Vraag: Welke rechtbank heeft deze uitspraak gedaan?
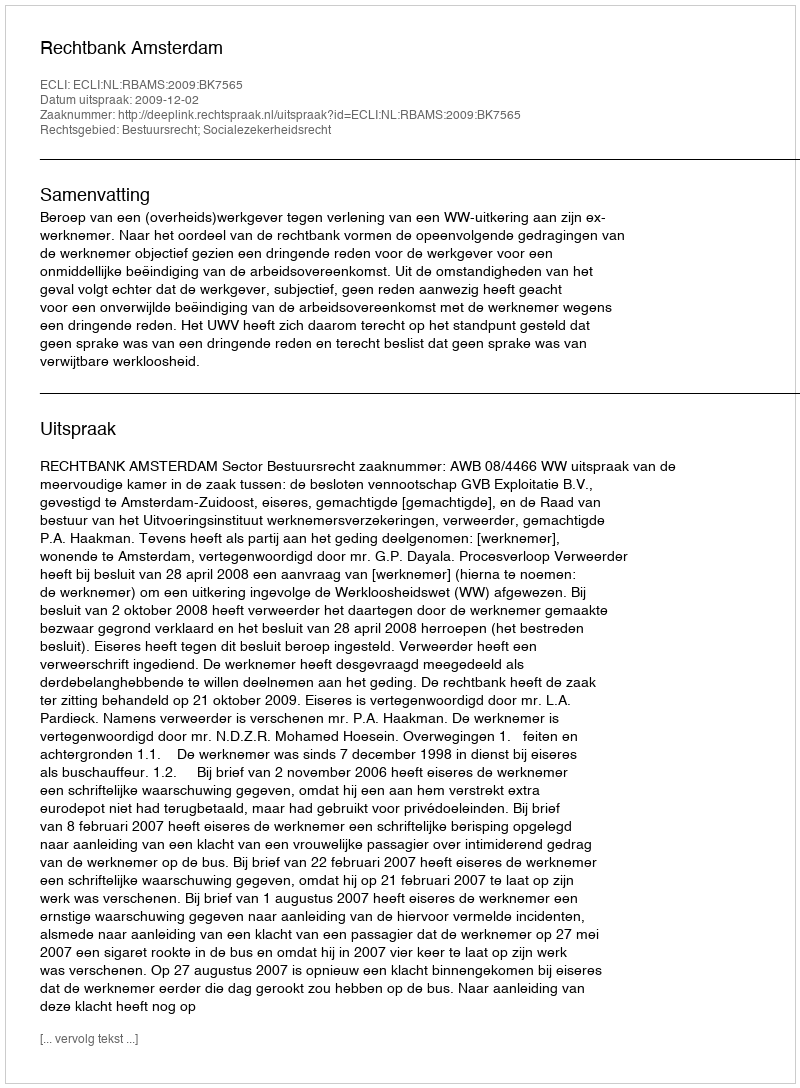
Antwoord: Rechtbank Amsterdam